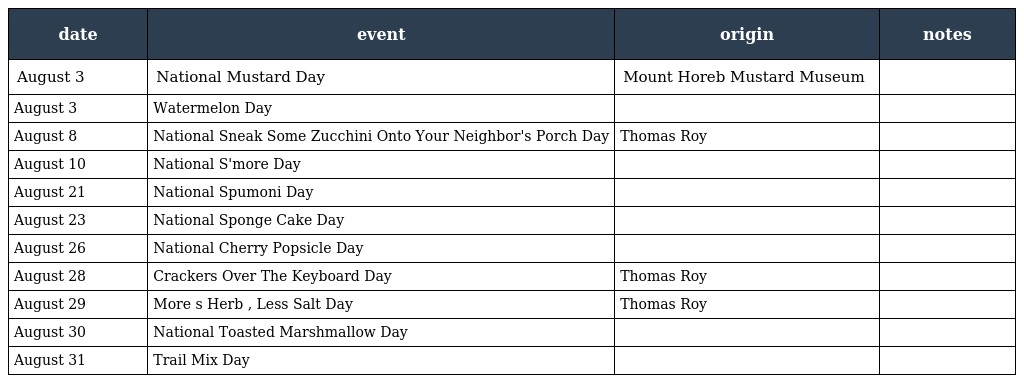
| date | event | origin | notes |
 | --- | --- | --- | --- |
 | August 3 | National Mustard Day | Mount Horeb Mustard Museum |  |
 | August 3 | Watermelon Day |  |  |
 | August 8 | National Sneak Some Zucchini Onto Your Neighbor's Porch Day | Thomas Roy |  |
 | August 10 | National S'more Day |  |  |
 | August 21 | National Spumoni Day |  |  |
 | August 23 | National Sponge Cake Day |  |  |
 | August 26 | National Cherry Popsicle Day |  |  |
 | August 28 | Crackers Over The Keyboard Day | Thomas Roy |  |
 | August 29 | More s Herb , Less Salt Day | Thomas Roy |  |
 | August 30 | National Toasted Marshmallow Day |  |  |
 | August 31 | Trail Mix Day |  |  |